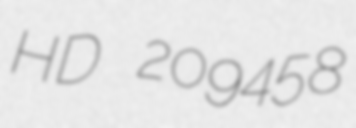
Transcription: HD 209458